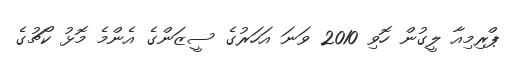
ޕްރިމިއާ ލީގުން ހޮވި 2010 ވަނަ އަހަރުގެ ސީޒަންގެ އެންމެ މޮޅު ކޯޗުގެ